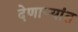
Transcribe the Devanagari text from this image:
देणाऱ्यांत